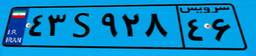
۱۳S۰۳۸۳۴